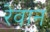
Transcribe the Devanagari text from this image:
रेवान